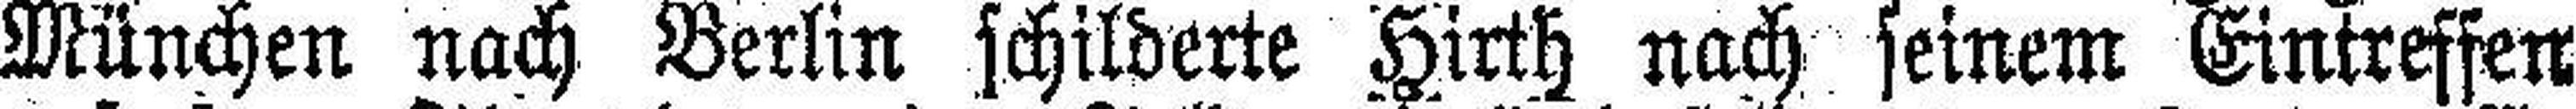
München nach Berlin schilderte Hirth nach seinem Eintreffen